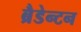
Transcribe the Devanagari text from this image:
ब्रैडेन्टन